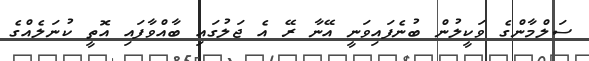
ސަލްމާންގެ ވަކީލުން ބުނެފައިވަނީ އޭނާ ރޭ އެ ޖަލުގައި ބާއްވާފައި އޮތީ ކުނަލެއްގެ